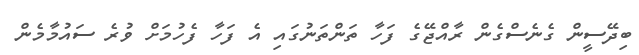
ބިދޭސީން ގެނެސްގެން ރާއްޖޭގެ ފަހާ ތަންތަނުގައި އެ ފަހާ ފެހުމަށް ވުރެ ސައުމާމެން